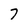
Character: 7